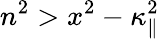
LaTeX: n^{2}>x^{2}-\kappa_{\| }^{2}